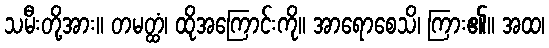
သမီးတို့အား။ တမတ္ထံ၊ ထိုအကြောင်းကို။ အာရောစေသိ၊ ကြား၏။ အထ၊